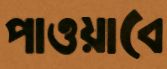
পাওয়াবে